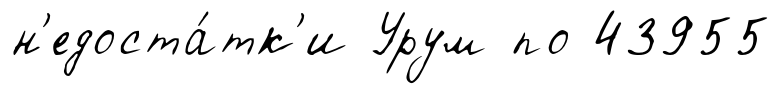
н'едоста́тк'и Урум по 43955